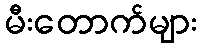
မီးတောက်များ